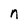
Character: n